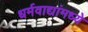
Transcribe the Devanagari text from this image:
धर्मवाद्यांमध्ये